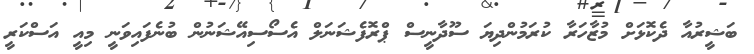
ބަޝީރުއާ ދެކޮޅަށް މުޒާހަރާ ކުރަމުންދިޔަ ސޫދާނީސް ޕްރޮފެޝަނަލް އެސޯސިއޭޝަނުން ބުނެފައިވަނީ މިއީ އަސްކަރީ